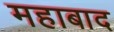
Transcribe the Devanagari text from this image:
महाबाद